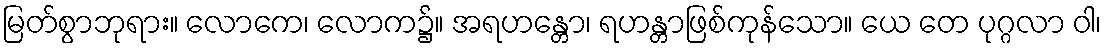
မြတ်စွာဘုရား။ လောကေ၊ လောက၌။ အရဟန္တော၊ ရဟန္တာဖြစ်ကုန်သော။ ယေ တေ ပုဂ္ဂလာ ဝါ၊